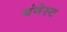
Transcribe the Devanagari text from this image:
यंगेस्ट